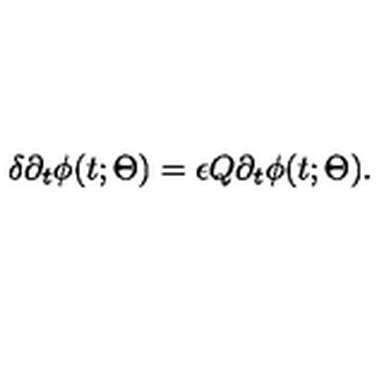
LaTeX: \delta \partial _ { t } \phi ( t ; \Theta ) = \epsilon Q \partial _ { t } \phi ( t ; \Theta ) .